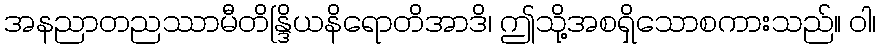
အနညာတညဿာမီတိန္ဒြိယနိရောတိအာဒိ၊ ဤသို့အစရှိသောစကားသည်။ ဝါ၊